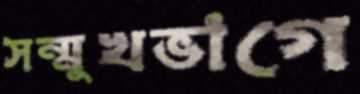
সন্মুখভাগে